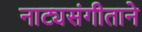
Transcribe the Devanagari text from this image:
नाट्यसंगीताने